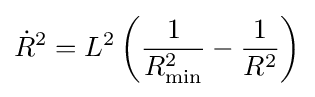
{\dot {R}}^{2}=L^{2}\left({\frac {1}{R_{\mathrm {min} }^{2}}}-{\frac {1}{R^{2}}}\right)